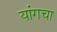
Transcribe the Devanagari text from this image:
यांगचा